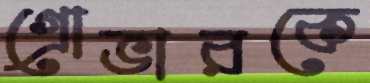
গ্রোভারকে